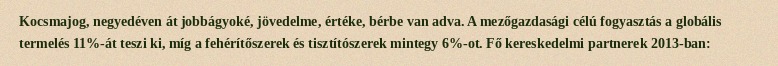
Kocsmajog, negyedéven át jobbágyoké, jövedelme, értéke, bérbe van adva. A mezőgazdasági célú fogyasztás a globális termelés 11%-át teszi ki, míg a fehérítőszerek és tisztítószerek mintegy 6%-ot. Fő kereskedelmi partnerek 2013-ban: